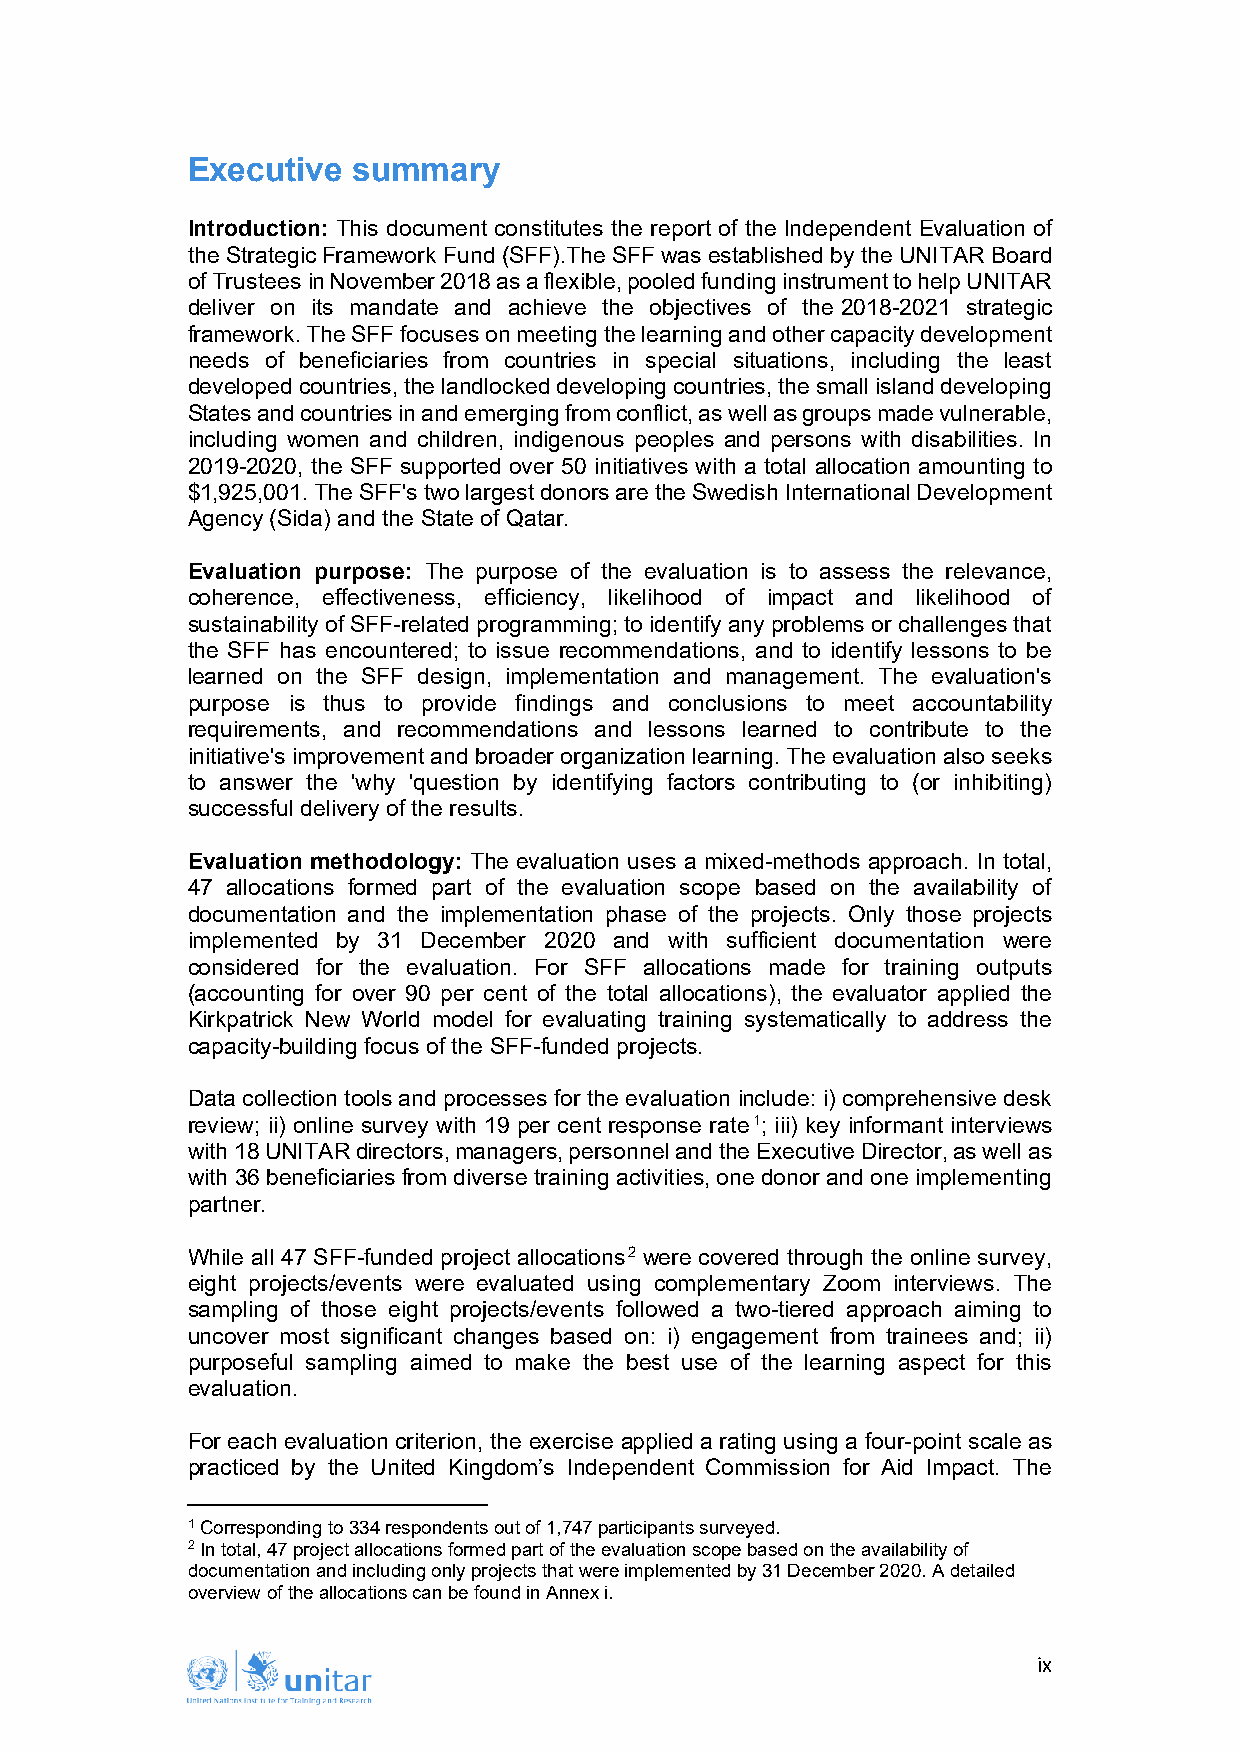
Executive  summary
 Introduction: This document constitutes the report of the Independent Evaluation of
 the Strategic Framework Fund (SFF).The SFF was established by the UNITAR Board
 of Trustees in November 2018 as a flexible, pooled funding instrument to help UNITAR
 deliver on its mandate and achieve the objectives of the 2018-2021 strategic
 framework. The SFF focuses on meeting the learning and other capacity development
 needs of beneficiaries from countries in special situations, including the least
 developed countries, the landlocked developing countries, the small island developing
 States and countries in and emerging from conflict, as well as groups made vulnerable,
 including women and children, indigenous peoples and persons with disabilities. In
 2019-2020, the SFF supported over 50 initiatives with a total allocation amounting to
 $1,925,001. The SFF's two largest donors are the Swedish International Development
 Agency (Sida) and the State of Qatar.
 Evaluation purpose: The purpose of the evaluation is to assess the relevance,
 coherence, effectiveness, efficiency, likelihood of impact and likelihood of
 sustainability of SFF-related programming; to identify any problems or challenges that
 the SFF has encountered; to issue recommendations, and to identify lessons to be
 learned on the SFF design, implementation and management. The evaluation's
 purpose is thus to provide findings and conclusions to meet accountability
 requirements, and recommendations and lessons learned to contribute to the
 initiative's improvement and broader organization learning. The evaluation also seeks
 to answer the 'why 'question by identifying factors contributing to (or inhibiting)
 successful delivery of the results.
 Evaluation methodology: The evaluation uses a mixed-methods approach. In total,
 47 allocations formed part of the evaluation scope based on the availability of
 documentation and the implementation phase of the projects. Only those projects
 implemented by 31 December 2020 and with sufficient documentation were
 considered for the evaluation. For SFF allocations made for training outputs
 (accounting for over 90 per cent of the total allocations), the evaluator applied the
 Kirkpatrick New World model for evaluating training systematically to address the
 capacity-building focus of the SFF-funded projects.
 Data collection tools and processes for the evaluation include: i) comprehensive desk
 review; ii) online survey with 19 per cent response rate1; iii) key informant interviews
 with 18 UNITAR directors, managers, personnel and the Executive Director, as well as
 with 36 beneficiaries from diverse training activities, one donor and one implementing
 partner.
 While all 47 SFF-funded project allocations2 were covered through the online survey,
 eight projects/events were evaluated using complementary Zoom interviews. The
 sampling of those eight projects/events followed a two-tiered approach aiming to
 uncover most significant changes based on: i) engagement from trainees and; ii)
 purposeful sampling aimed to make the best use of the learning aspect for this
 evaluation.
 For each evaluation criterion, the exercise applied a rating using a four-point scale as
 practiced by the United Kingdom’s Independent Commission for Aid Impact. The
 1 Corresponding to 334 respondents out of 1,747 participants surveyed.
 2 In total, 47 project allocations formed part of the evaluation scope based on the availability of
 documentation and including only projects that were implemented by 31 December 2020. A detailed
 overview of the allocations can be found in Annex i.
 ix